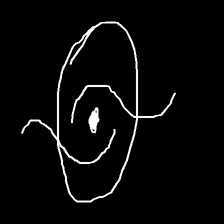
Glyph: repetition